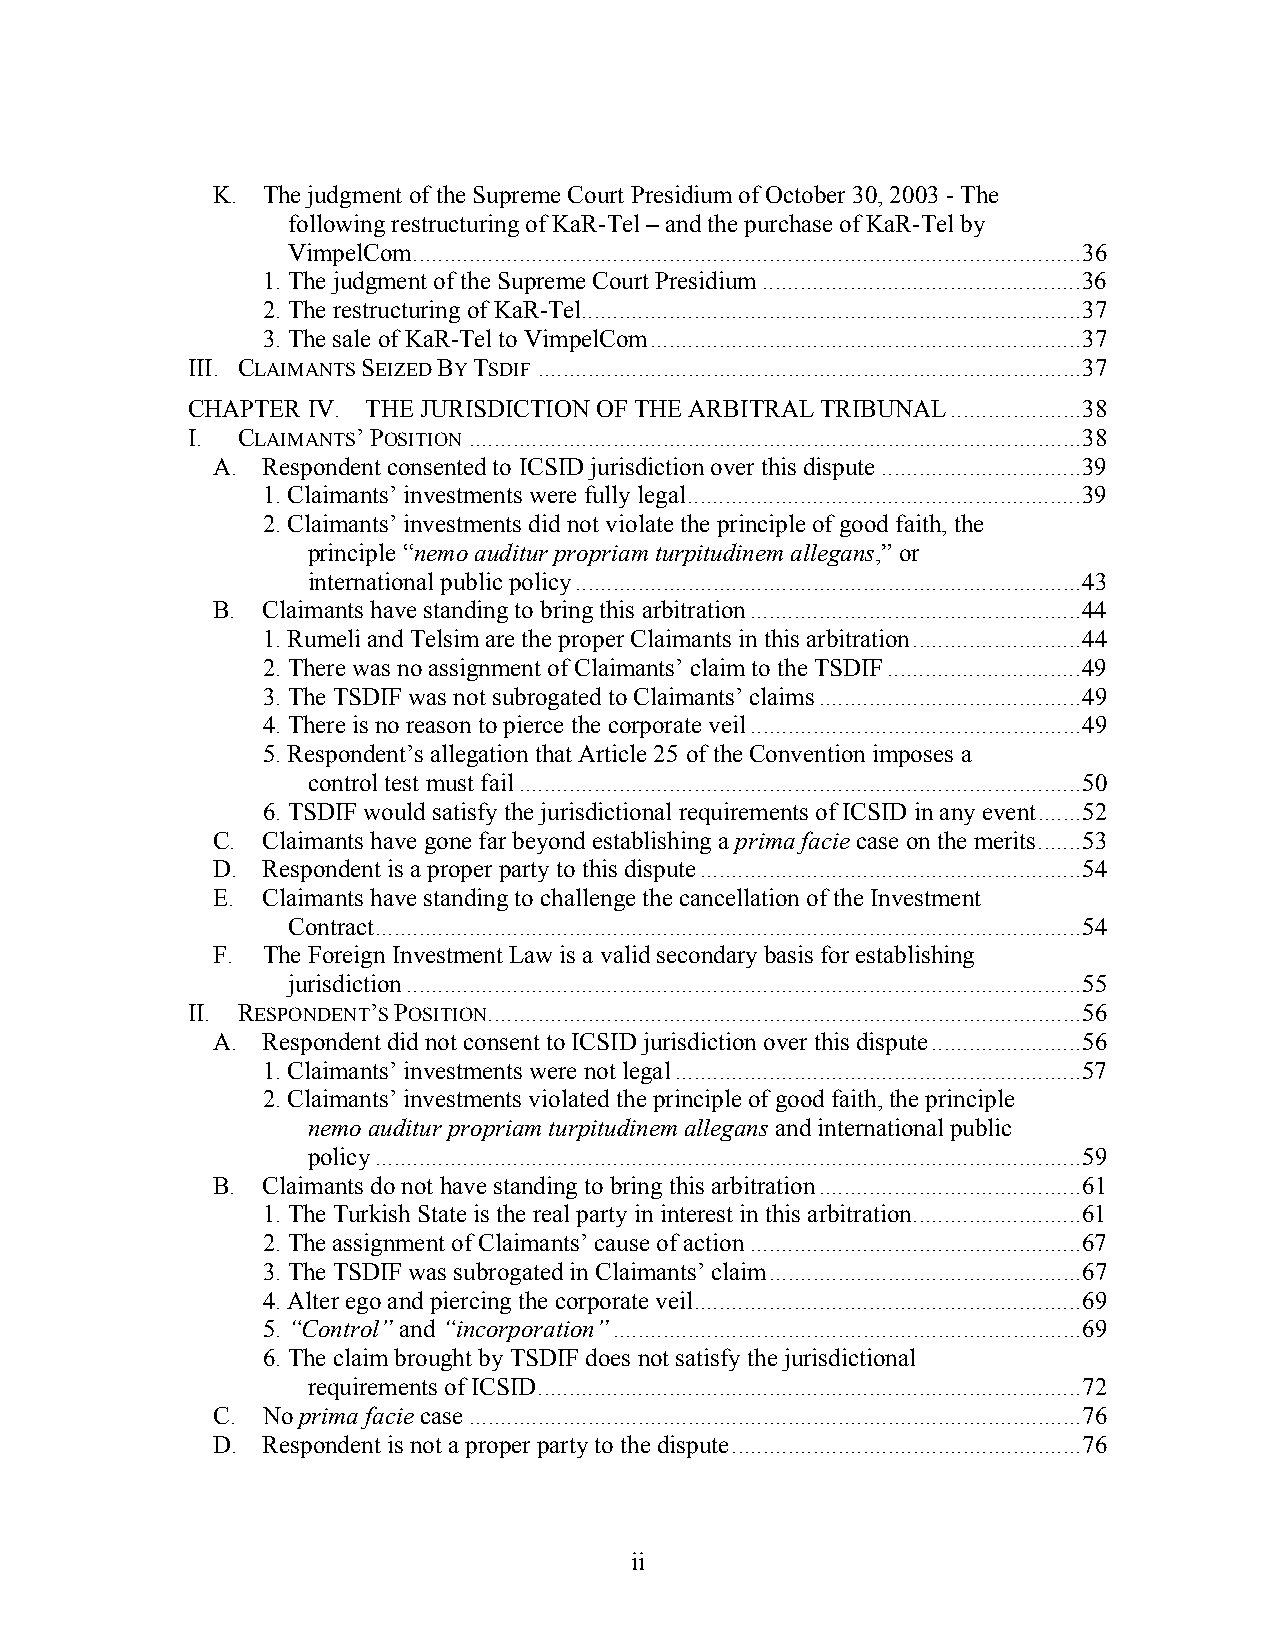
K. The judgment of the Supreme Court Presidium of October 30, 2003 - The
 following restructuring of KaR-Tel – and the purchase of KaR-Tel by
 VimpelCom...........................................................................................................36
 1. The judgment of the Supreme Court Presidium...................................................36
 2. The restructuring of KaR-Tel................................................................................37
 3. The sale of KaR-Tel to VimpelCom.....................................................................37
 III. CLAIMANTS SEIZED BY TSDIF.......................................................................................37
 CHAPTER IV. THE JURISDICTION OF THE ARBITRAL TRIBUNAL.....................38
 I.  CLAIMANTS’ POSITION..................................................................................................38
 A. Respondent consented to ICSID jurisdiction over this dispute................................39
 1. Claimants’ investments were fully legal...............................................................39
 2. Claimants’ investments did not violate the principle of good faith, the
 principle “nemo auditur propriam turpitudinem allegans,” or
 international public policy.................................................................................43
 B. Claimants have standing to bring this arbitration.....................................................44
 1. Rumeli and Telsim are the proper Claimants in this arbitration...........................44
 2. There was no assignment of Claimants’ claim to the TSDIF...............................49
 3. The TSDIF was not subrogated to Claimants’ claims..........................................49
 4. There is no reason to pierce the corporate veil.....................................................49
 5. Respondent’s allegation that Article 25 of the Convention imposes a
 control test must fail..........................................................................................50
 6. TSDIF would satisfy the jurisdictional requirements of ICSID in any event.......52
 C. Claimants have gone far beyond establishing a prima facie case on the merits.......53
 D. Respondent is a proper party to this dispute.............................................................54
 E. Claimants have standing to challenge the cancellation of the Investment
 Contract.................................................................................................................54
 F. The Foreign Investment Law is a valid secondary basis for establishing
 jurisdiction............................................................................................................55
 II. RESPONDENT’S POSITION...............................................................................................56
 A. Respondent did not consent to ICSID jurisdiction over this dispute........................56
 1. Claimants’ investments were not legal.................................................................57
 2. Claimants’ investments violated the principle of good faith, the principle
 nemo auditur propriam turpitudinem allegans and international public
 policy.................................................................................................................59
 B. Claimants do not have standing to bring this arbitration..........................................61
 1. The Turkish State is the real party in interest in this arbitration...........................61
 2. The assignment of Claimants’ cause of action.....................................................67
 3. The TSDIF was subrogated in Claimants’ claim..................................................67
 4. Alter ego and piercing the corporate veil..............................................................69
 5. “Control” and “incorporation”...........................................................................69
 6. The claim brought by TSDIF does not satisfy the jurisdictional
 requirements of ICSID.......................................................................................72
 C. No prima facie case..................................................................................................76
 D. Respondent is not a proper party to the dispute........................................................76
 ii